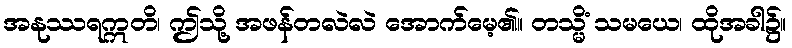
အနုဿရဣတိ၊ ဤသို့ အဖန်တလဲလဲ အောက်မေ့၏။ တသ္မိံ သမယေ၊ ထိုအခါ၌။